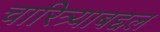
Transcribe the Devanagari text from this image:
चारित्र्याबद्दल